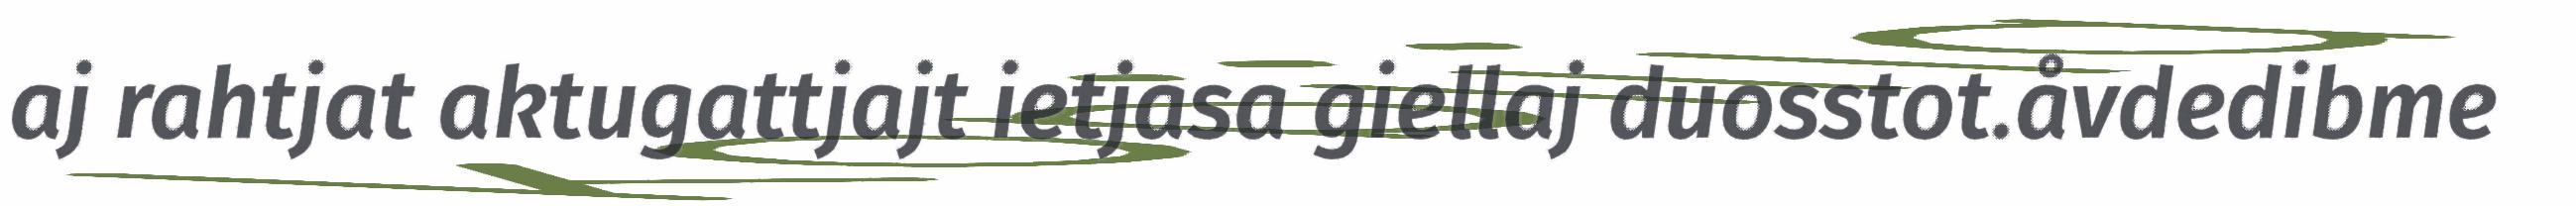
aj rahtjat aktugattjajt ietjasa giellaj duosstot.åvdedibme